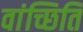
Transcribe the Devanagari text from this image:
वांच्छिति